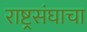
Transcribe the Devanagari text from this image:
राष्ट्रसंघाचा